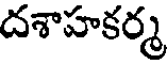
దశాహకర్మ